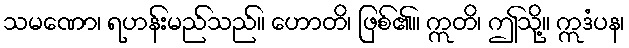
သမဏော၊ ရဟန်းမည်သည်။ ဟောတိ၊ ဖြစ်၏။ ဣတိ၊ ဤသို့။ ဣဒံပန၊